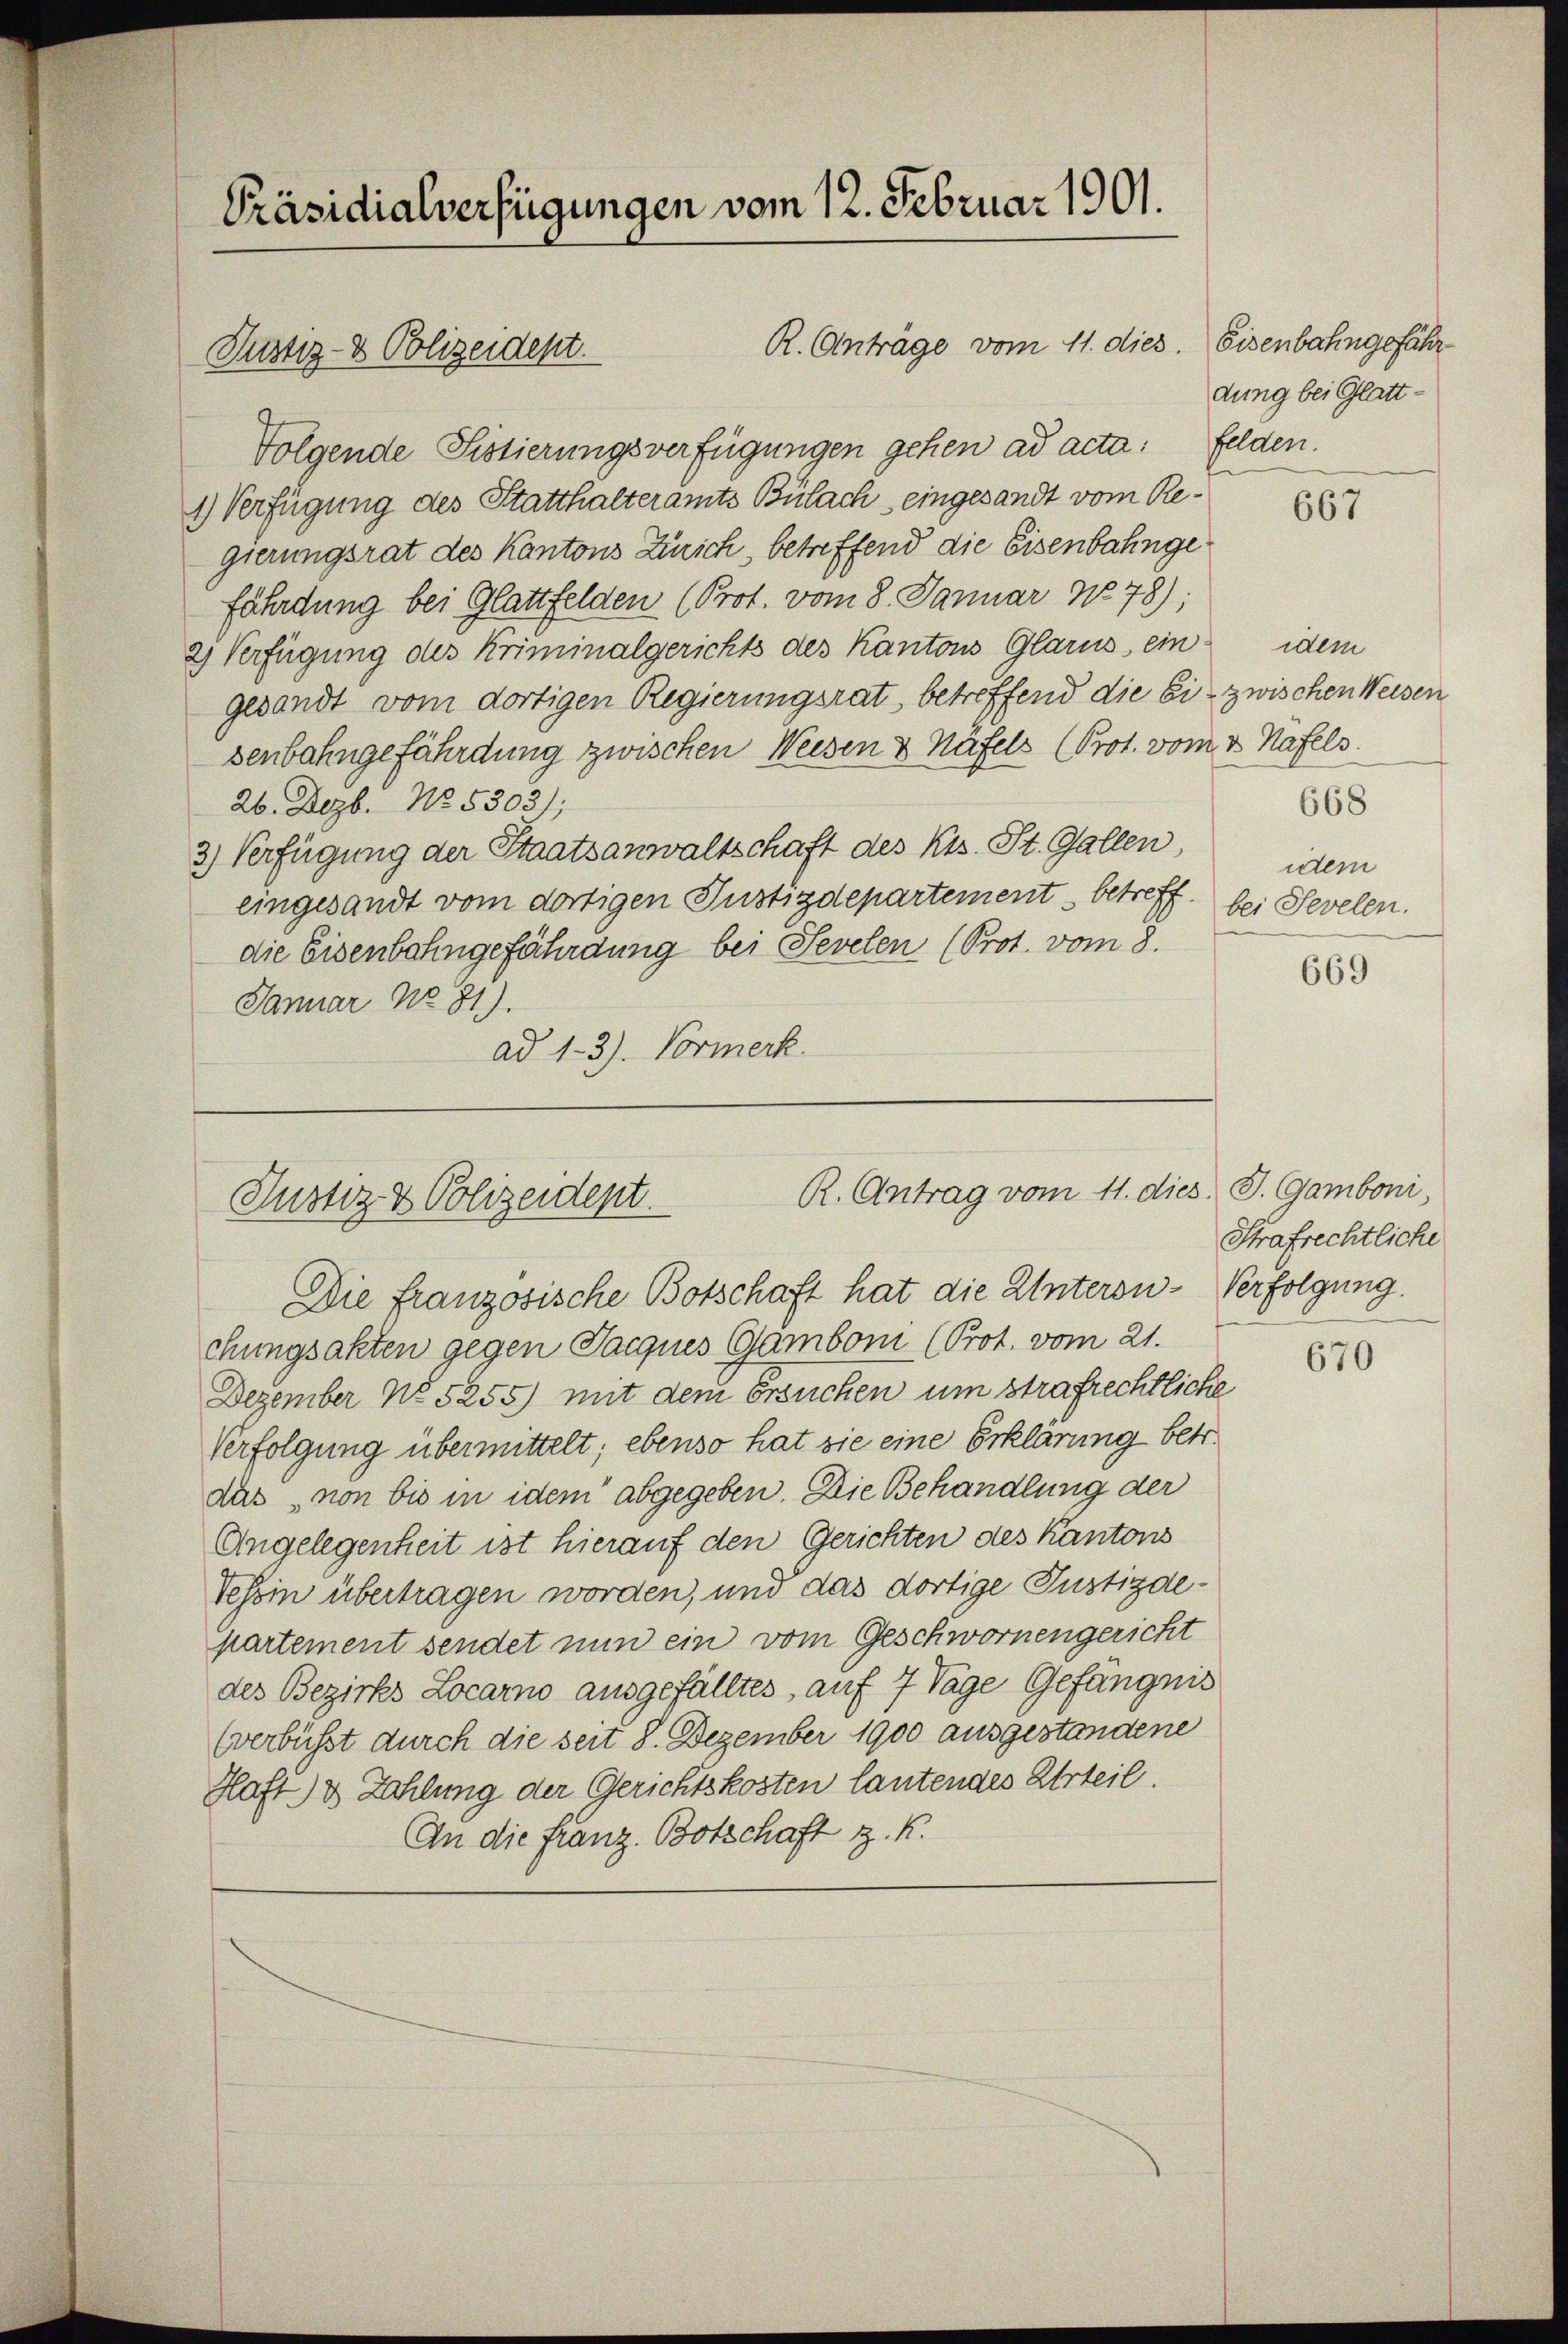
Präsidialverfügungen vom 12. Februar 1901.

Justiz- & Polizeident.

R. Anträge vom 11. dies. Eisenbahngefähr
Folgende Sistierungsverfügungen gehen ad acta: Felden.
1) Verfügung des Statthalteramts Bülach eingesandt vom Regierungsrat des Kantons Zürich, betreffend die Eisenbahngefährdung bei Glattfelden (Prot. vom 8. Januar 1878);
2) Verfügung des Kriminalgerichts des Kantons Glarus ein idem
gesandt vom dortigen Regierungsrat, betreffend die Ei- zwischen Weisen
senbahngefährdung zwischen Weesen & Häfels (Prot. vom 2. Hafels.
26. Dezb. No. 5303);
3) Verfügung der Staatsanwaltschaft des Kts. St. Gallen,
eingesandt vom dortigen Justizdepartement betreff. bei Sevelen.
die Eisenbahngefährdung bei Sevelen (Prot. vom 8.
Januar No 81).
ad 1-3). Vormerk

R. Antrag vom 11. dies J. Gamboni,
Justiz & Polizeidept.

Die französische Botschaft hat die Untersu-Verfolgung.
chungsakten gegen Jacques Gamboni (Prot. vom 21.
Dezember No 5255) mit dem Ersuchen um strafrechtliche
Verfolgung übermittelt; ebenso hat sie eine Erklärung betr.
das von bis in idem abgegeben. Die Behandlung der
Angelegenheit ist hierauf den Gerichten des Kantons
Tessin übertragen worden, und das dortige Justizdepartement sendet nun ein vom Geschwornengericht
des Bezirks Locarno ausgefälltes, auf 7 Tage Gefängnis
(verbüsst durch die seit 8. Dezember 1900 ausgestandene
Haft & Zahlung der Gerichtskosten lautendes Urteil.
An die Franz Botschaft z. K.

dung bei Glatt¬

667

668
idem

669

Strafrechtliche

670